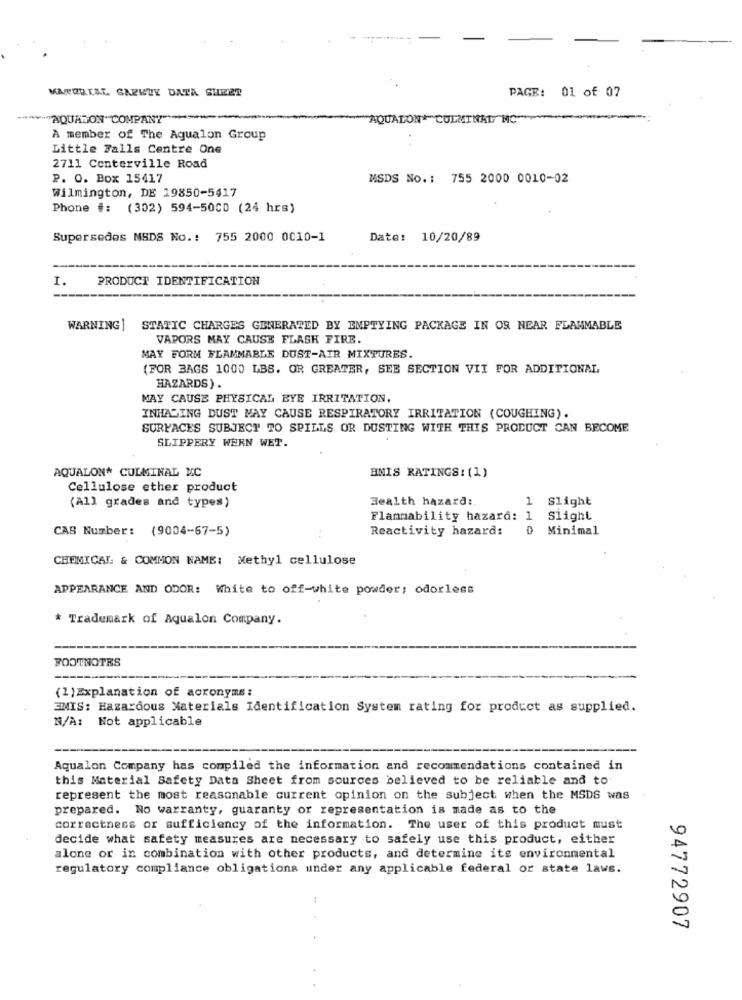
VARURIAL SARKLY DATA SHEET
PAGE: 01 of 07
-"AQUASON"COMPANY"
A member of The Aqualon Group
Little Falls Centre One
2711 Conterville Road
P. O. Box 15417
MSDS No .: 755 2000 0010-02
Wilmington, DE 19850-5417
Phone #: (302) 594-5000 (24 hrs)
Supersedes MSDS No .: 755 2000 0010-1
Date: 10/20/89
I.
PRODUCT IDENTIFICATION
WARNING ]
STATIC CHARGES GENERATED BY EMPTYING PACKAGE IN OR NEAR FLAMMABLE
VAPORS MAY CAUSE FLASK FIRE.
MAY FORM FLAMMABLE DUST-AIR MIXTURES.
(FOR BAGS 1000 LBS. OR GREATER, SEE SECTION VII FOR ADDITIONAL
HAZARDS).
MAY CAUSE PHYSICAL EYE IRRITATION.
INHALING DUST MAY CAUSE RESPIRATORY IRRITATION (COUGHING).
SURFACES SUBJECT TO SPILLS OR DUSTING WITH THIS PRODUCT CAN BECOME
SLIPPERY WERN WET.
AQUALON* CULMINAL NC
HNIS RATINGS: (1)
Cellulose ether product
Health hazard :.
1
Slight
(All grades and types)
Flammability hazard: 1
Slight
CAS Number: (9004-67-5)
Reactivity hazard:
D
Minimal
CHEMICAL: & COMMON NAME: Methyl cellulose
APPEARANCE AND ODOR: White to off-white powder; odorless
* Trademark of Aqualon Company.
FOOTNOTES
(1)Explanation of acronyms:
EMIS: Hazardous Materials Identification System rating for product as supplied.
N/A: Not applicable
Aqualon Company has compiled the information and recommendations contained in
this Material Safety Data Sheet from sources believed to be reliable and to
represent the most reasonable current opinion on the subject when the MSDS was
prepared. No warranty, guaranty or representation is made as to the
correctness or sufficiency of the information. The user of this product must
decide what safety measures are necessary to safely use this product, either
alone or in combination with other products, and determine its environmental
regulatory compliance obligations under any applicable federal or state laws.
94772907